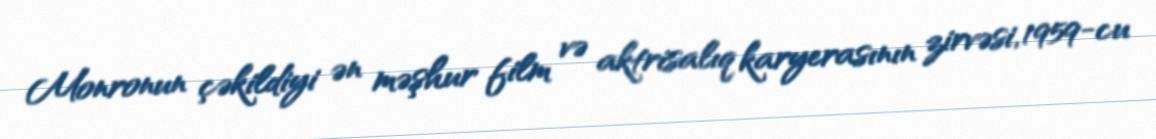
Monronun çəkildiyi ən məşhur film və aktrisalıq karyerasının zirvəsi, 1959-cu